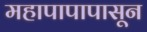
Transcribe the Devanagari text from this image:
महापापापासून